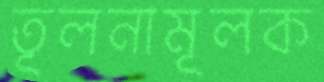
তূলনামূলক